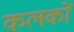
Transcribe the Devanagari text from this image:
कलकों